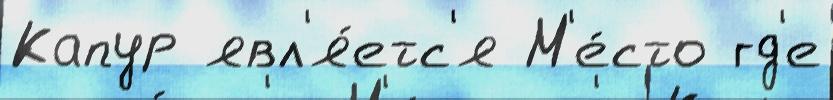
Капур явл'я́етс'я М'е́сто гд'е